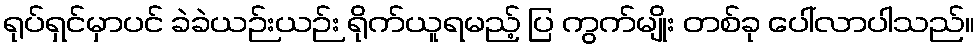
ရုပ်ရှင်မှာပင် ခဲခဲယဉ်းယဉ်း ရိုက်ယူရမည့် ပြ ကွက်မျိုး တစ်ခု ပေါ်လာပါသည်။